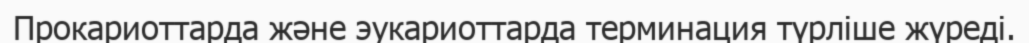
Прокариоттарда және эукариоттарда терминация түрліше жүреді.